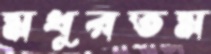
মধুরতম